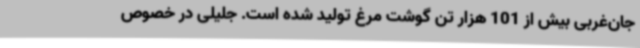
جان‌غربی بیش از 101 هزار تن گوشت مرغ تولید شده است. جلیلی در خصوص